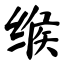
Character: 缑